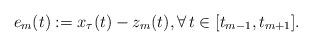
LaTeX: \begin{align*} e_{m} (t):=x_{\tau}(t)-z_{m}(t),\forall \, t\in [t_{m-1} ,t_{m+1} ].\end{align*}